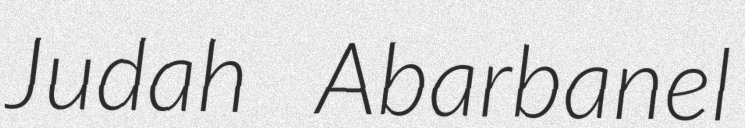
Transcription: Judah Abarbanel